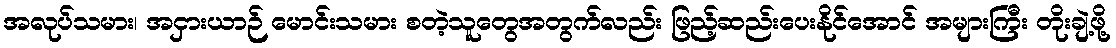
အလုပ်သမား၊ အငှားယာဉ် မောင်းသမား စတဲ့သူတွေအတွက်လည်း ဖြည့်ဆည်းပေးနိုင်အောင် အများကြီး တိုးချဲ့ဖို့